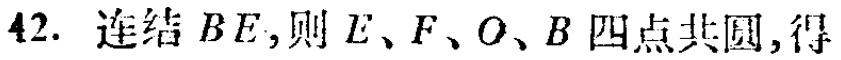
42. 连结 \(BE\)，则 \(E\)、\(F\)、\(O\)、\(B\) 四点共圆，得